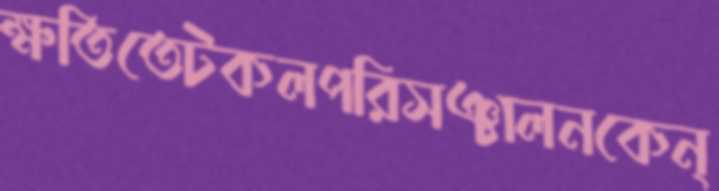
ক্ষতিতেটকলপরিসঞ্চালনকেন্